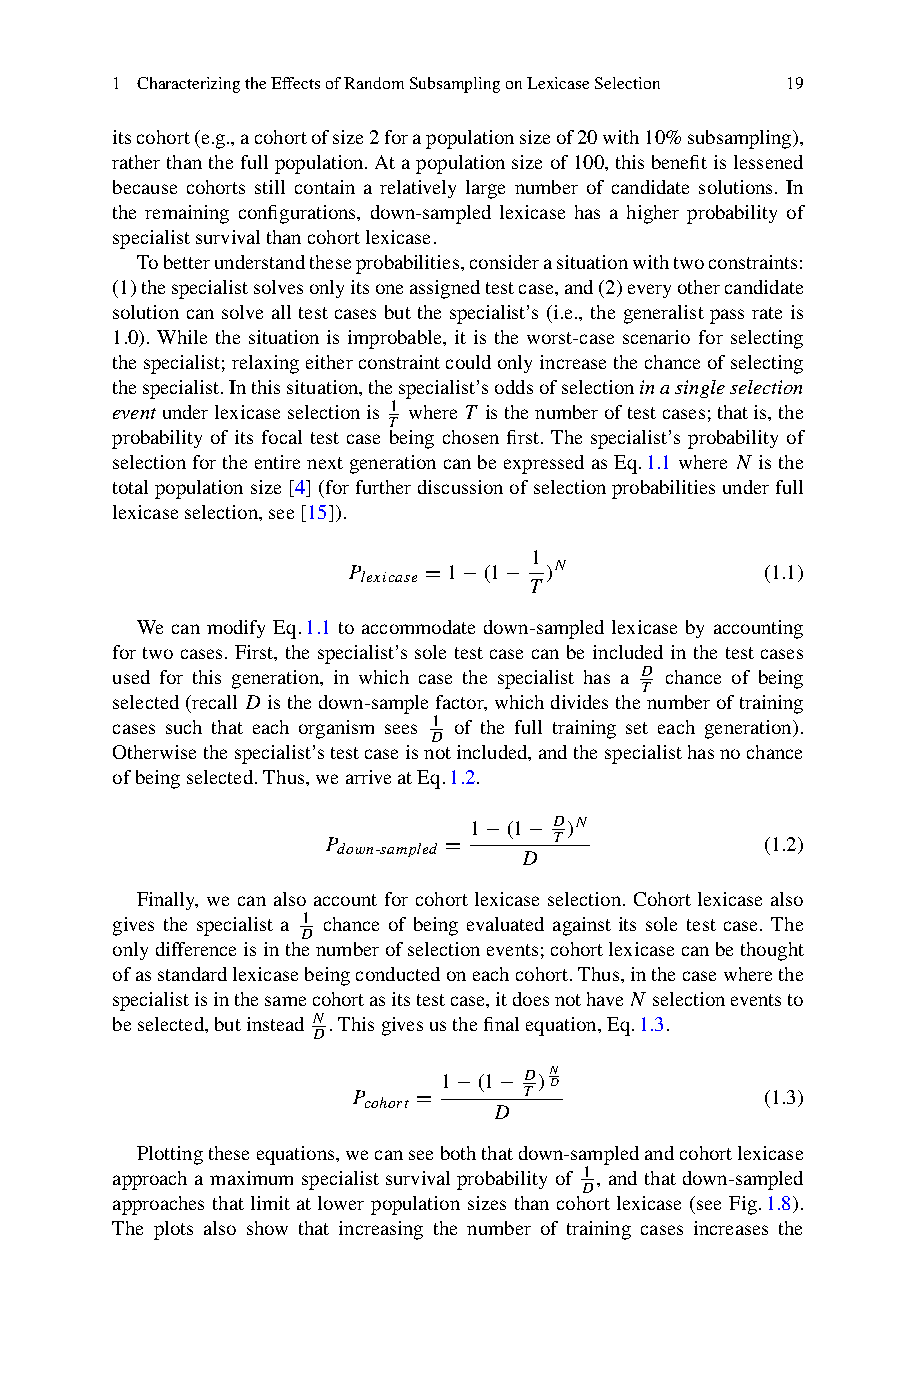
1 CharacterizingtheEffectsofRandomSubsamplingonLexicaseSelection 19
 itscohort(e.g.,acohortofsize2forapopulationsizeof20with10%subsampling),
 ratherthanthefullpopulation.Atapopulationsizeof100,thisbenefitislessened
 because cohorts still contain a relatively large number of candidate solutions. In
 the remaining configurations, down-sampled lexicase has a higher probability of
 specialistsurvivalthancohortlexicase.
 Tobetterunderstandtheseprobabilities,considerasituationwithtwoconstraints:
 (1)thespecialistsolvesonlyitsoneassignedtestcase,and(2)everyothercandidate
 solution can solve all test cases but the specialist’s (i.e., the generalist pass rate is
 1.0). While the situation is improbable, it is the worst-case scenario for selecting
 thespecialist;relaxingeitherconstraintcouldonlyincreasethechanceofselecting
 thespecialist.Inthissituation,thespecialist’soddsofselectioninasingleselection
 eventunderlexicaseselectionis 1 whereT isthenumberoftestcases;thatis,the
 T
 probability of its focal test case being chosen first. The specialist’s probability of
 selectionfortheentirenextgenerationcanbeexpressedasEq.1.1whereN isthe
 totalpopulationsize[4](forfurtherdiscussionofselectionprobabilitiesunderfull
 lexicaseselection,see[15]).
 1
 P lexicase =1−(1− )N        (1.1)
 T
 We can modify Eq.1.1 to accommodate down-sampled lexicase by accounting
 for two cases. First, the specialist’s sole test case can be included in the test cases
 D
 used for this generation, in which case the specialist has a chance of being
 T
 selected(recallD isthedown-samplefactor,whichdividesthenumberoftraining
 cases such that each organism sees 1 of the full training set each generation).
 D
 Otherwisethespecialist’stestcaseisnotincluded,andthespecialisthasnochance
 ofbeingselected.Thus,wearriveatEq.1.2.
 1−(1− D)N
 P down-sampled =
 D
 T             (1.2)
 Finally, we can also account for cohort lexicase selection. Cohort lexicase also
 gives the specialist a 1 chance of being evaluated against its sole test case. The
 D
 onlydifferenceisinthenumberofselectionevents;cohortlexicasecanbethought
 ofasstandardlexicasebeingconductedoneachcohort.Thus,inthecasewherethe
 specialistisinthesamecohortasitstestcase,itdoesnothaveN selectioneventsto
 N
 beselected,butinstead .Thisgivesusthefinalequation,Eq.1.3.
 D
 1−(1− D)N D
 P cohort =  T               (1.3)
 D
 Plottingtheseequations,wecanseeboththatdown-sampledandcohortlexicase
 approach a maximum specialist survival probability of 1, and that down-sampled
 D
 approaches that limit at lower population sizes than cohort lexicase (see Fig.1.8).
 The plots also show that increasing the number of training cases increases the